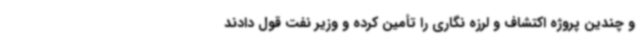
و چندین پروژه اکتشاف و لرزه نگاری را تأمین کرده و وزیر نفت قول دادند